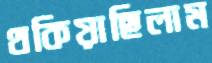
থকিয়াছিলাম